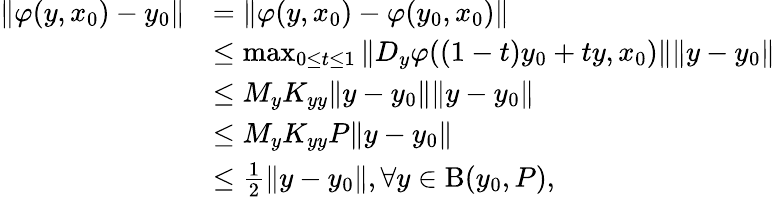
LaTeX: \begin{array}{rl}{\Vert\varphi(y,x_{0})-y_{0}\Vert}&{=\Vert\varphi(y,x_{0})-\varphi(y_{0},x_{0})\Vert}\\ &{\leq\operatorname*{max}_{0\leq t\leq 1}\Vert D_{y}\varphi((1-t)y_{0}+ty,x_{0})\Vert\Vert y-y_{0}\Vert}\\ &{\leq M_{y}K_{yy}\Vert y-y_{0}\Vert\Vert y-y_{0}\Vert}\\ &{\leq M_{y}K_{yy}P\Vert y-y_{0}\Vert}\\ &{\leq\frac{1}{2}\Vert y-y_{0}\Vert,\forall y\in\mathrm{B}(y_{0},P),}\end{array}